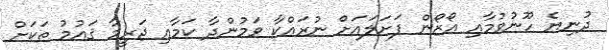
ދުނިޔެ ހޫނުވުމާއި އޯޒޯން ފަށަލައަށް ނުރައްކާ ވަމުންދާ ކަމާއި ޖަރީމާ ޤައުމު ތަކަށް